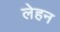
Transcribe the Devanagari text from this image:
लेहन